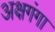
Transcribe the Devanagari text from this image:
अक्षगंगा